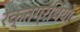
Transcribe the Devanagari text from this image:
रक्तग्रंथियों